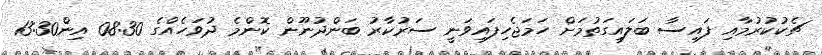
ޗެކުކުރުމާއި ފައިސާ ބަލައިގަތުމަށް ހަމަޖެހިފައިވަނީ ސަރުކާރު ބަންދުނޫން ކޮންމެ ދުވަހެއްގެ 08:30 އިން13:30